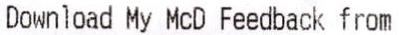
DOWNLOAD MY MCD FEEDBACK FROM